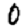
Digit: 0